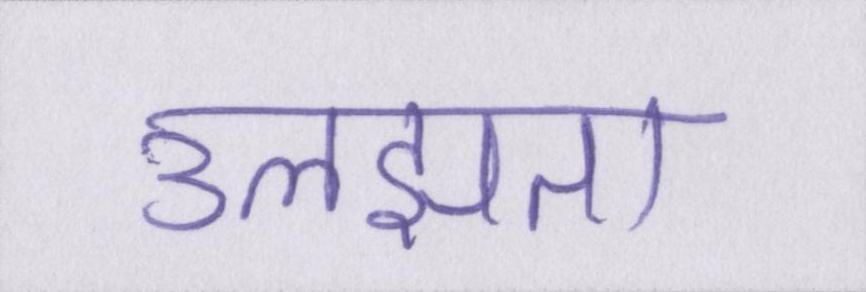
उलझता